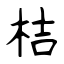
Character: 桔